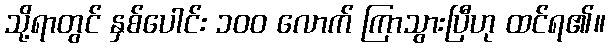
သို့ရာတွင် နှစ်ပေါင်း ၁၀၀ လောက် ကြာသွားပြီဟု ထင်ရ၏။